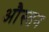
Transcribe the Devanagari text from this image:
औस्तन